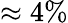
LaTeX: \approx 4\%